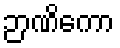
ဉာဏိကော